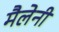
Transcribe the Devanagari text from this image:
मैलेनी